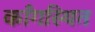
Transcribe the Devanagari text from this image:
काँगस्थित